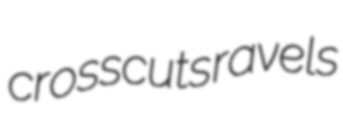
crosscuts ravels